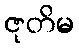
ဇုတိမ